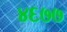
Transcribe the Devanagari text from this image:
४६७७